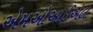
એમઓઆઈએલ